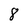
Character: 8